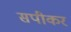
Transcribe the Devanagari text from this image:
सपीकर